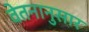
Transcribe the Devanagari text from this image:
वेतनानुसार